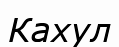
Кахул